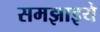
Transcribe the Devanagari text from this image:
समझाइये